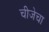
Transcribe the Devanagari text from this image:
चीजेचा